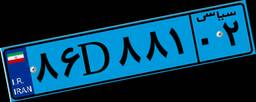
۳۸D۹۲۰۹۹